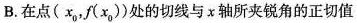
B. 在点( x_{0}，f(x_{0})) 处的切线与 x 轴所夹锐角的正切值